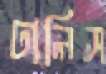
ঢালিস